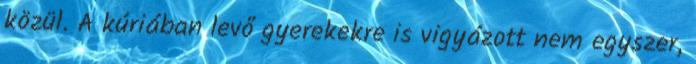
közül. A kúriában levő gyerekekre is vigyázott nem egyszer,